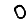
Digit: 0